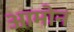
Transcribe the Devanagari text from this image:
आमोन